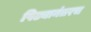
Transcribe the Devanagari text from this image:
पिढ्यानंतरच